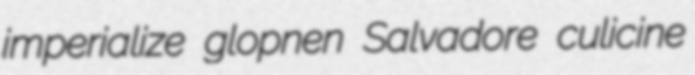
imperialize glopnen Salvadore culicine